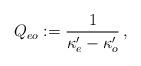
LaTeX: \begin{align*}Q_{eo}:={\frac{1}{\kappa _{e}^{\prime }-\kappa _{o}^{\prime }}}\,,\end{align*}